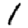
Digit: 1